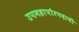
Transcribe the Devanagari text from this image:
उपमहापौरपदाची